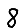
Digit: 8